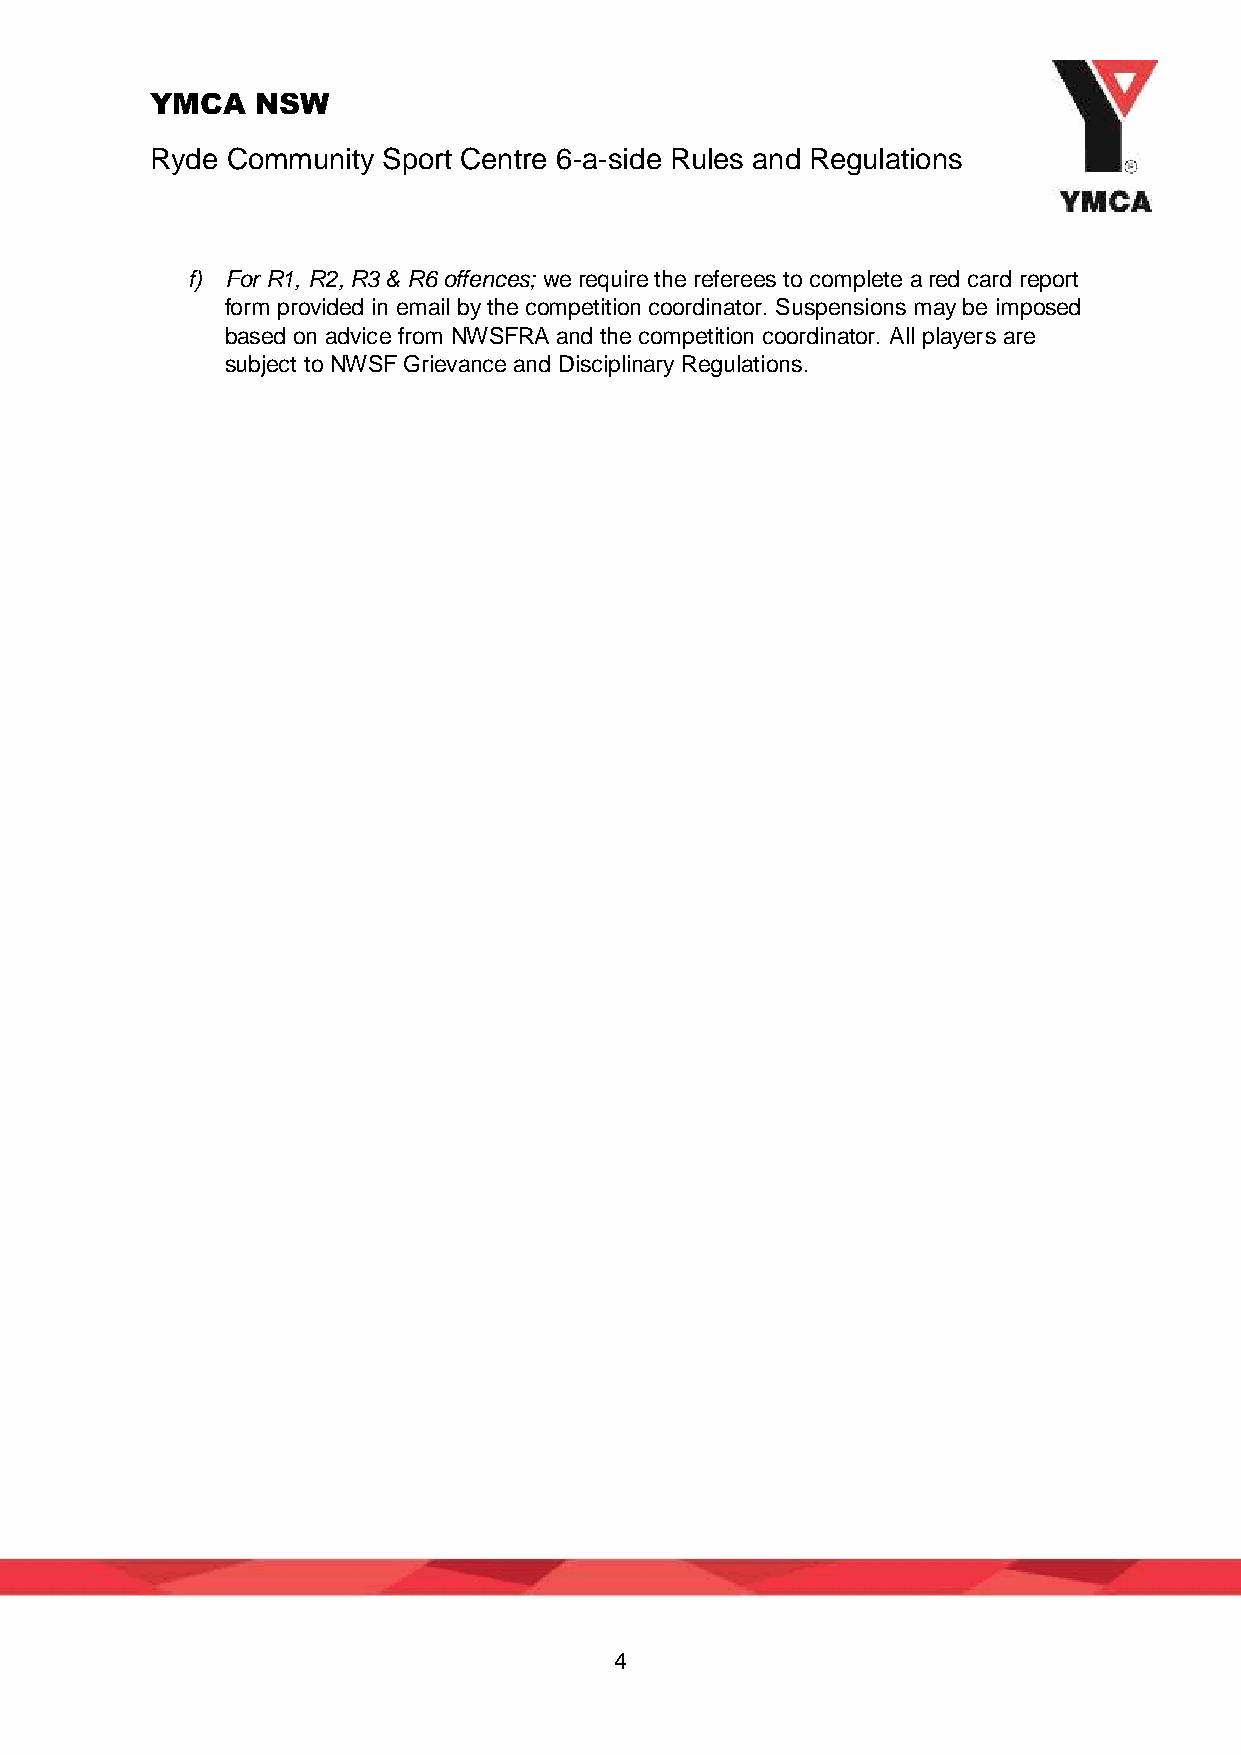
YMCA   NSW
 Ryde Community Sport Centre 6-a-side Rules and Regulations
 f) For R1, R2, R3 & R6 offences; we require the referees to complete a red card report
 form provided in email by the competition coordinator. Suspensions may be imposed
 based on advice from NWSFRA and the competition coordinator. All players are
 subject to NWSF Grievance and Disciplinary Regulations.
 4